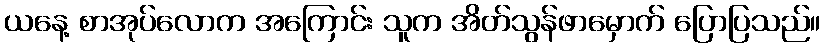
ယနေ့ စာအုပ်လောက အကြောင်း သူက အိတ်သွန်ဖာမှောက် ပြောပြသည်။